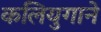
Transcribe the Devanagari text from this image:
कलियुगाने